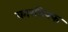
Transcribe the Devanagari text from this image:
कारडिफ्फ